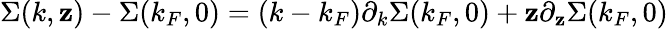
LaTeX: \Sigma(k,\mathbf{z})-\Sigma(k_{F},0)=(k-k_{F})\partial_{k}\Sigma(k_{F},0)+\mathbf{z}\partial_{\mathbf{z}}\Sigma(k_{F},0)